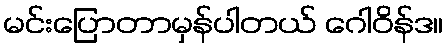
မင်းပြောတာမှန်ပါတယ် ဂေါဝိန်ဒ။